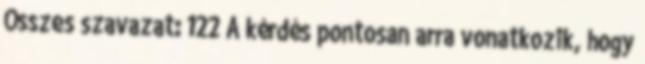
Összes szavazat: 122 A kérdés pontosan arra vonatkozik, hogy